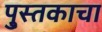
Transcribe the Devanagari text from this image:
पु्स्तकाचा